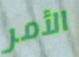
الأمر